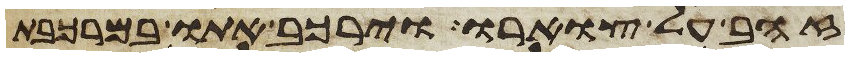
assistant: זהב על צוארו וירכב אתו במרכבת